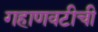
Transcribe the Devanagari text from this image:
गहाणवटीची